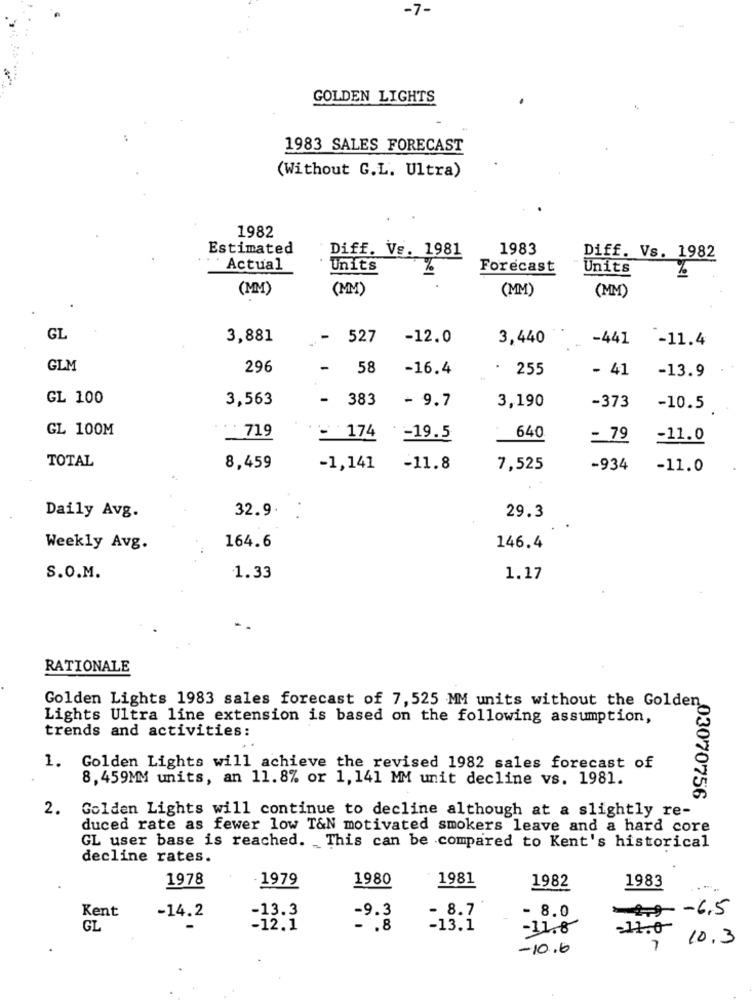
-7-
GOLDEN LIGHTS
1983 SALES FORECAST
(Without G.L. Ultra)
1982
Estimated
Diff. Ve. 1981
1983
Diff. Vs. 1982
Actual
Units
%
Forecast
Units
(MM)
(MM)
(MM)
(MM)
GL
3,881
-
527
-12.0
3,440
-441
-11.4
GLM
296
-
58
-16.4
. 255
- 41
-13.9
GL 100
3,563
-
383
- 9.7
3,190
-373
-10.5
GL 100M
719
174
-19.5
640
= 79
-11.0
TOTAL
8,459
-1,141
-11.8
7,525
-934
-11.0
32.9.
Daily Avg.
29.3
164.6
Weekly Avg.
146.4
S.O.M.
1.33
1.17
-
RATIONALE
Golden Lights 1983 sales forecast of 7, 525 MM units without the Golden
Lights Ultra line extension is based on the following assumption,
trends and activities:
1. Golden Lights will achieve the revised 1982 sales forecast of
8, 459MM units, an 11.8% or 1, 141 MM unit decline vs. 1981.
-03070756
2.
Golden Lights will continue to decline although at a slightly re-
duced rate as fewer low T&N motivated smokers leave and a hard core
GL user base is reached. This can be compared to Kent's historical
decline rates.
1978
1979
1980
1981
1983
1982
......
Kent
-13.3
- 8.7
- 8.0
49 -6,5
-14.2
-9.3
GL
-12.1
- . 8
-13.1
11.8
11.0
10.3
-10.6
7